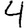
Digit: 4